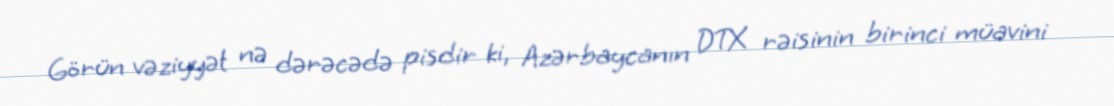
Görün vəziyyət nə dərəcədə pisdir ki, Azərbaycanın DTX rəisinin birinci müavini